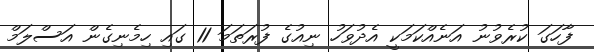
ފާހަގަ ކުރެވުނު އަނެއްކަމަކީ އެދުވަހު ނިއުގެ ފުރަތަމަ 11 ގައި ހިމެނިގެން އަސްލަމް